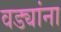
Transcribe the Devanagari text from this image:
वड्यांना